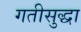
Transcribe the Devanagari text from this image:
गतीसुद्धा